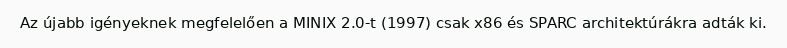
Az újabb igényeknek megfelelően a MINIX 2.0-t (1997) csak x86 és SPARC architektúrákra adták ki.